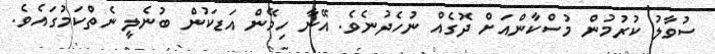
ސުވާލު ކުރުމުން މުސްކާންއަށް ދޮގެއް ނުހެދުނެވެ. އޭނާ ހިމޭން އަޑަކުން ބުނެލީ ނެތްކަމުގައެވެ.